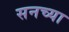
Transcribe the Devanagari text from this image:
सनच्या